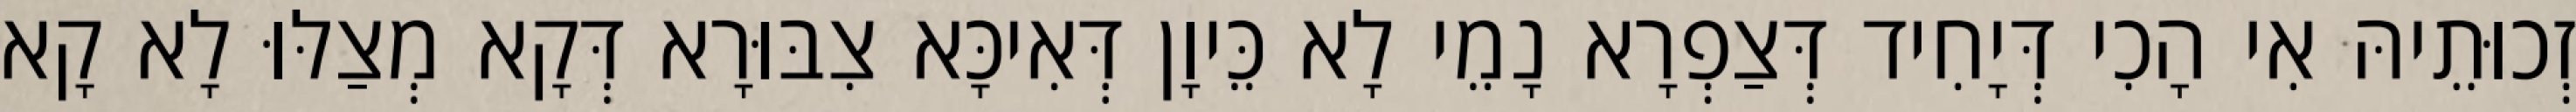
זְכוּתֵיהּ אִי הָכִי דְּיָחִיד דְּצַפְרָא נָמֵי לָא כֵּיוָן דְּאִיכָּא צִבּוּרָא דְּקָא מְצַלּוּ לָא קָא